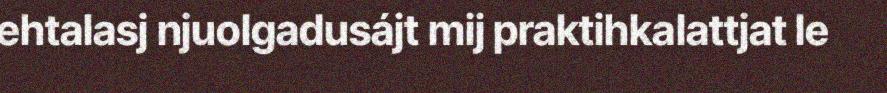
ehtalasj njuolgadusájt mij praktihkalattjat le